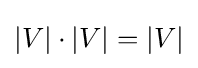
|V|\cdot |V|=|V|